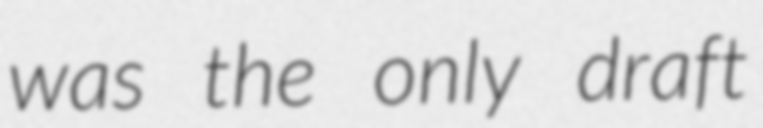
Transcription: was the only draft